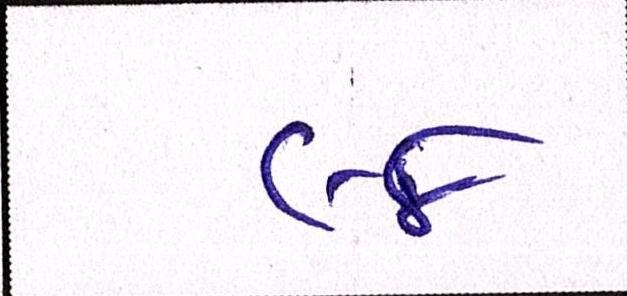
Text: ૯૪